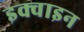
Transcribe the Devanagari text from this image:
इक्वाइन